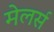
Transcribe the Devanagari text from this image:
मेलर्स